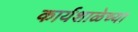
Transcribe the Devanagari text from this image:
कार्यशाळेच्या